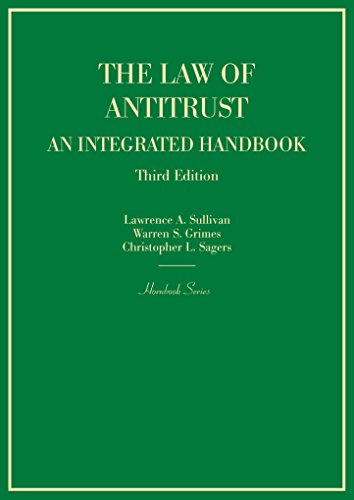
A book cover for The Law of Antitrust, An Integrated Handbook (Hornbook); Lawrence Sullivan; Law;